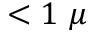
< 1 \ \mu